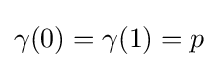
\gamma (0)=\gamma (1)=p